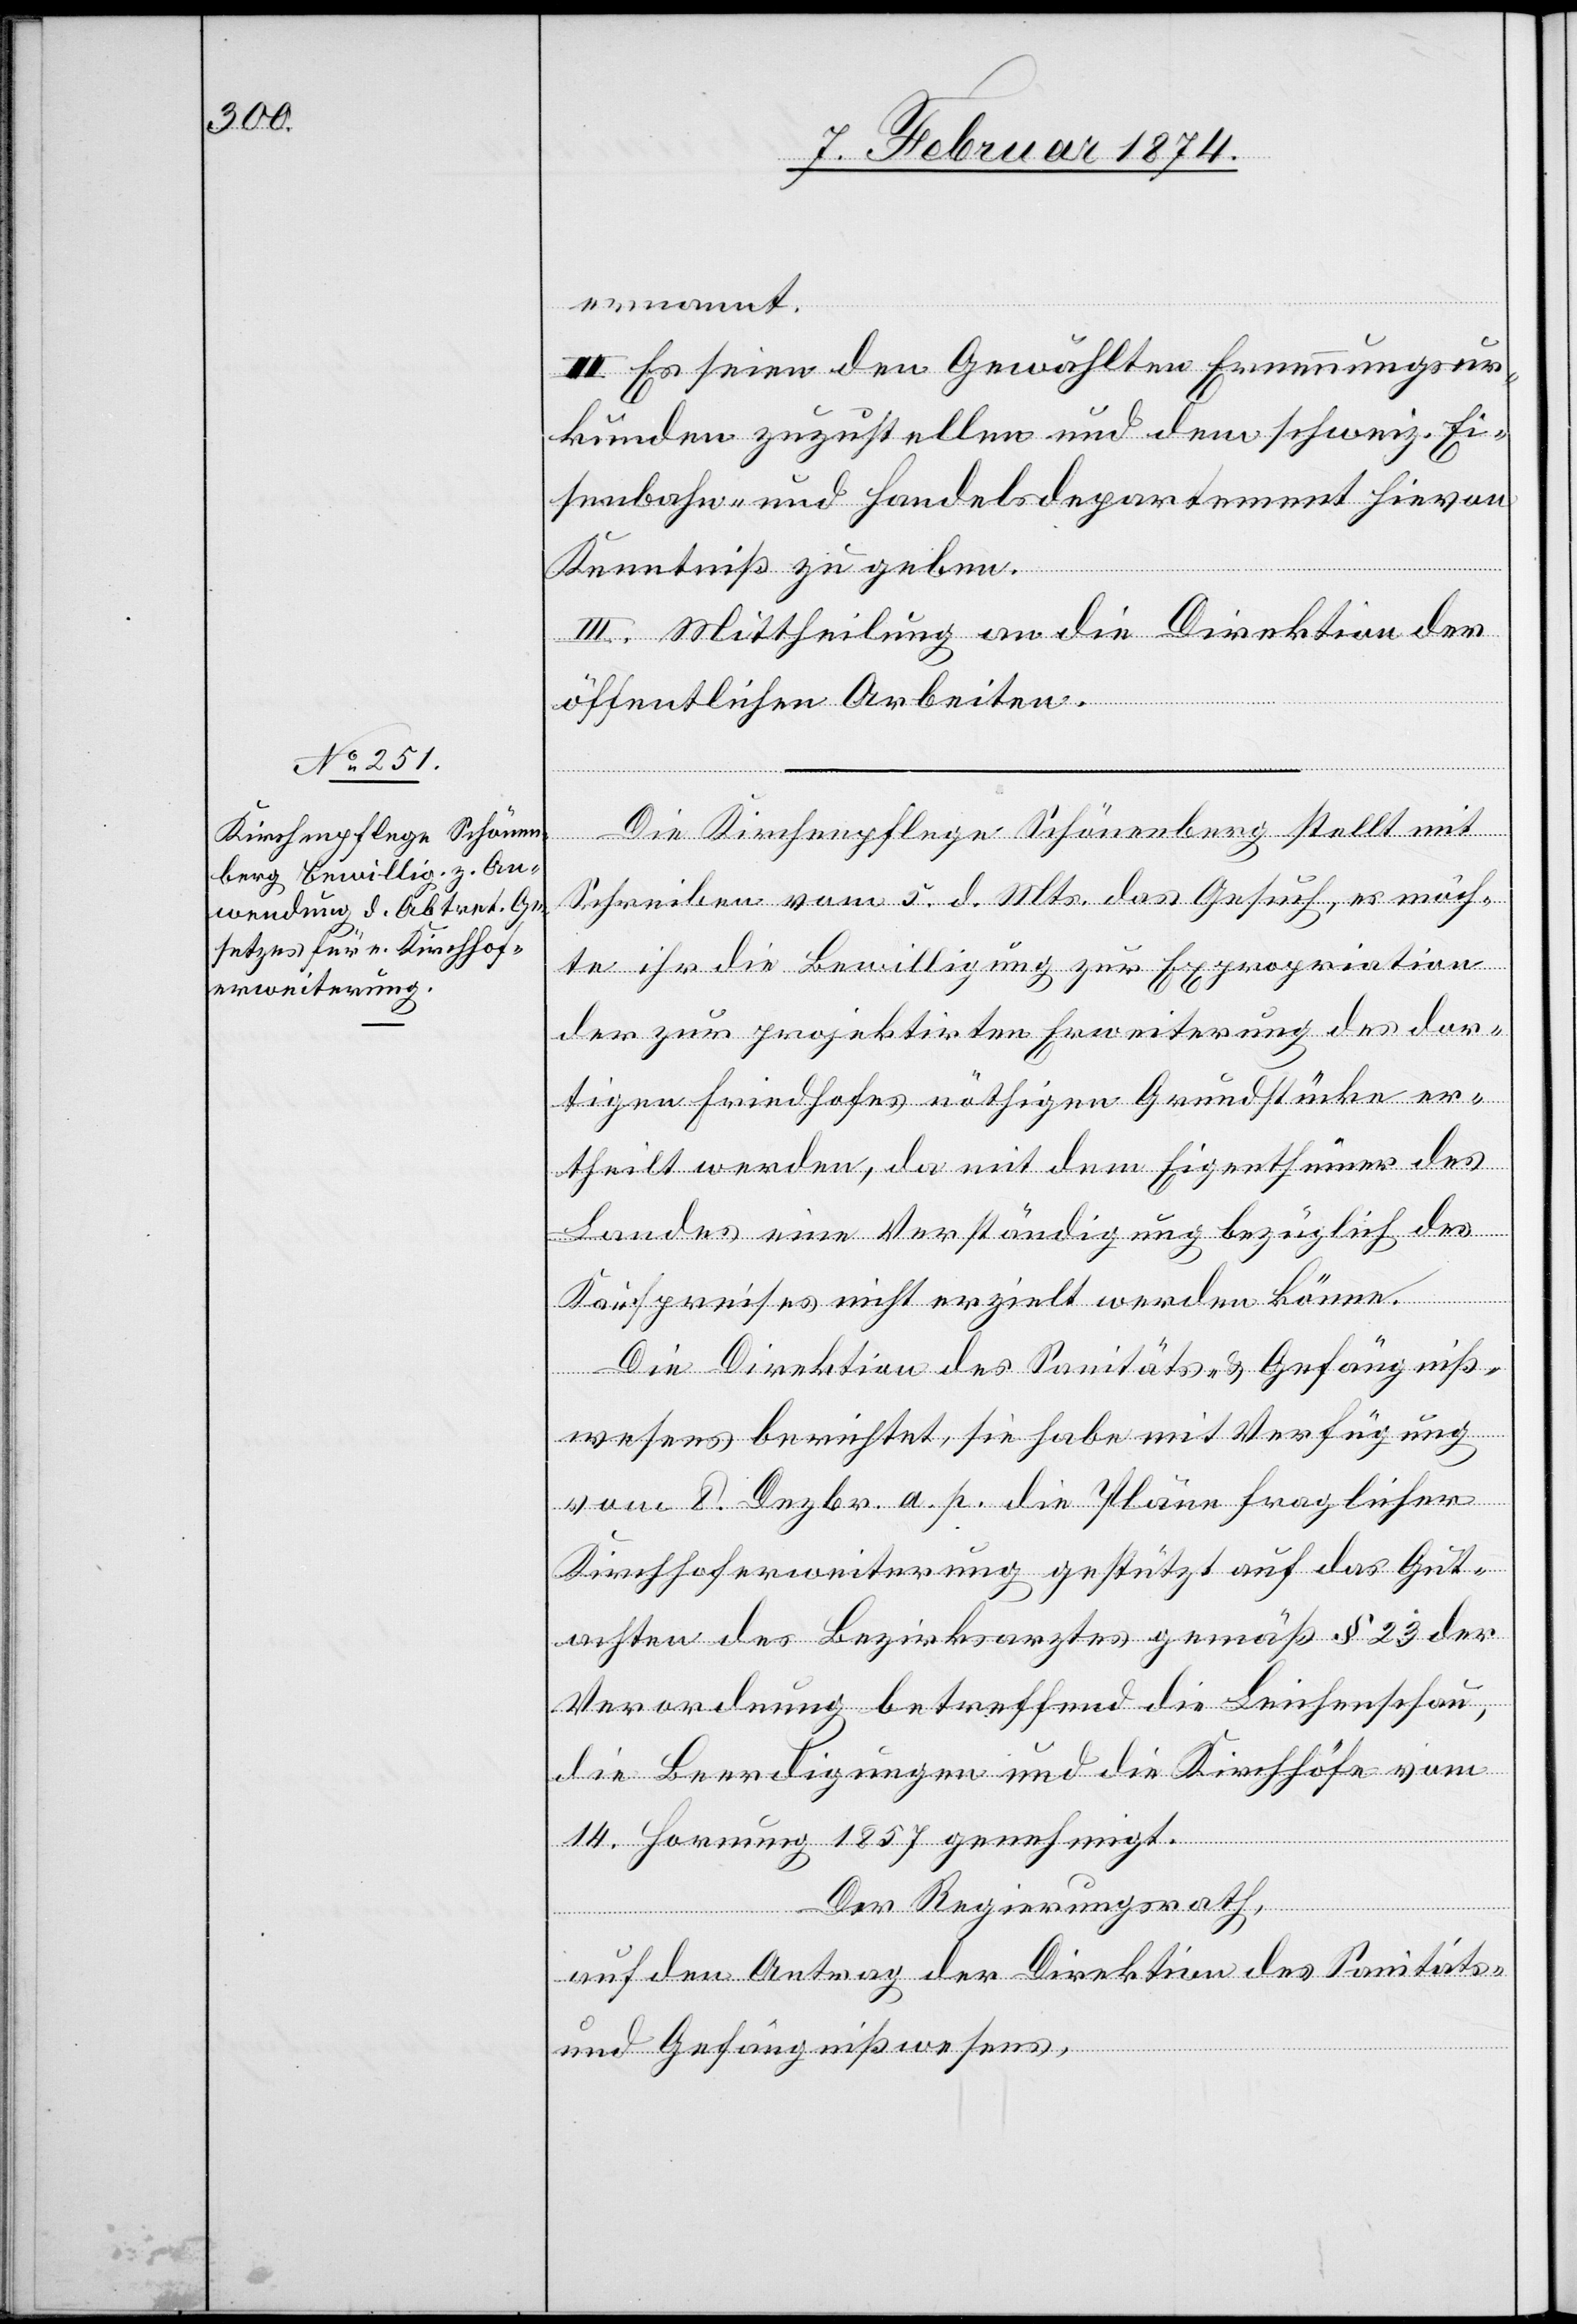
ernannt.
II. Es seien den Gewählten Ernennungsur¬
kunden zuzustellen und dem schweiz. Ei¬
senbahn- und Handelsdepartement hievon
Kenntniß zu geben.
III. Mittheilung an die Direktion der
öffentlichen Arbeiten.
Die Kirchenpflege Schönenberg stellt mit
Schreiben vom 5. d. Mts. das Gesuch, es möch¬
te ihr die Bewilligung zur Expropriation
der zur projektirten Erweiterung des dor¬
tigen Friedhofes nöthigen Grundstücke er¬
theilt werden, da mit dem Eigenthümer des
Landes eine Verständigung bezüglich des
Kaufpreises nicht erzielt werden könne.
Die Direktion des Sanitäts- u. Gefängniß¬
wesens berichtet, sie habe mit Verfügung
vom 8. Dezbr. a. p. die Pläne fraglicher
Kirchhoferweiterung gestützt auf das Gut¬
achten des Bezirksarztes gemäß § 23 der
Verordnung betreffend die Leichenschau,
die Beerdigungen und die Kirchhöfe vom
14. Hornung 1857 genehmigt.
Der Regierungsrath,
auf den Antrag der Direktion des Sanitäts-
und Gefängnißwesens,